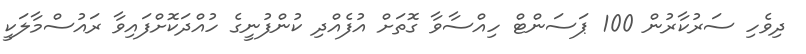
ދިވެހި ސަރުކާރުން 100 ޕަސަންޓް ހިއްސާވާ ގޮތަށް އުފެއްދި ކުންފުނީގެ ހުއްދަކޮށްފައިވާ ރައުސްމާލަކީ